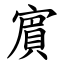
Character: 賔